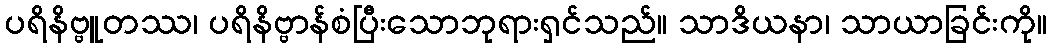
ပရိနိဗ္ဗူတဿ၊ ပရိနိဗ္ဗာန်စံပြီးသောဘုရားရှင်သည်။ သာဒိယနာ၊ သာယာခြင်းကို။